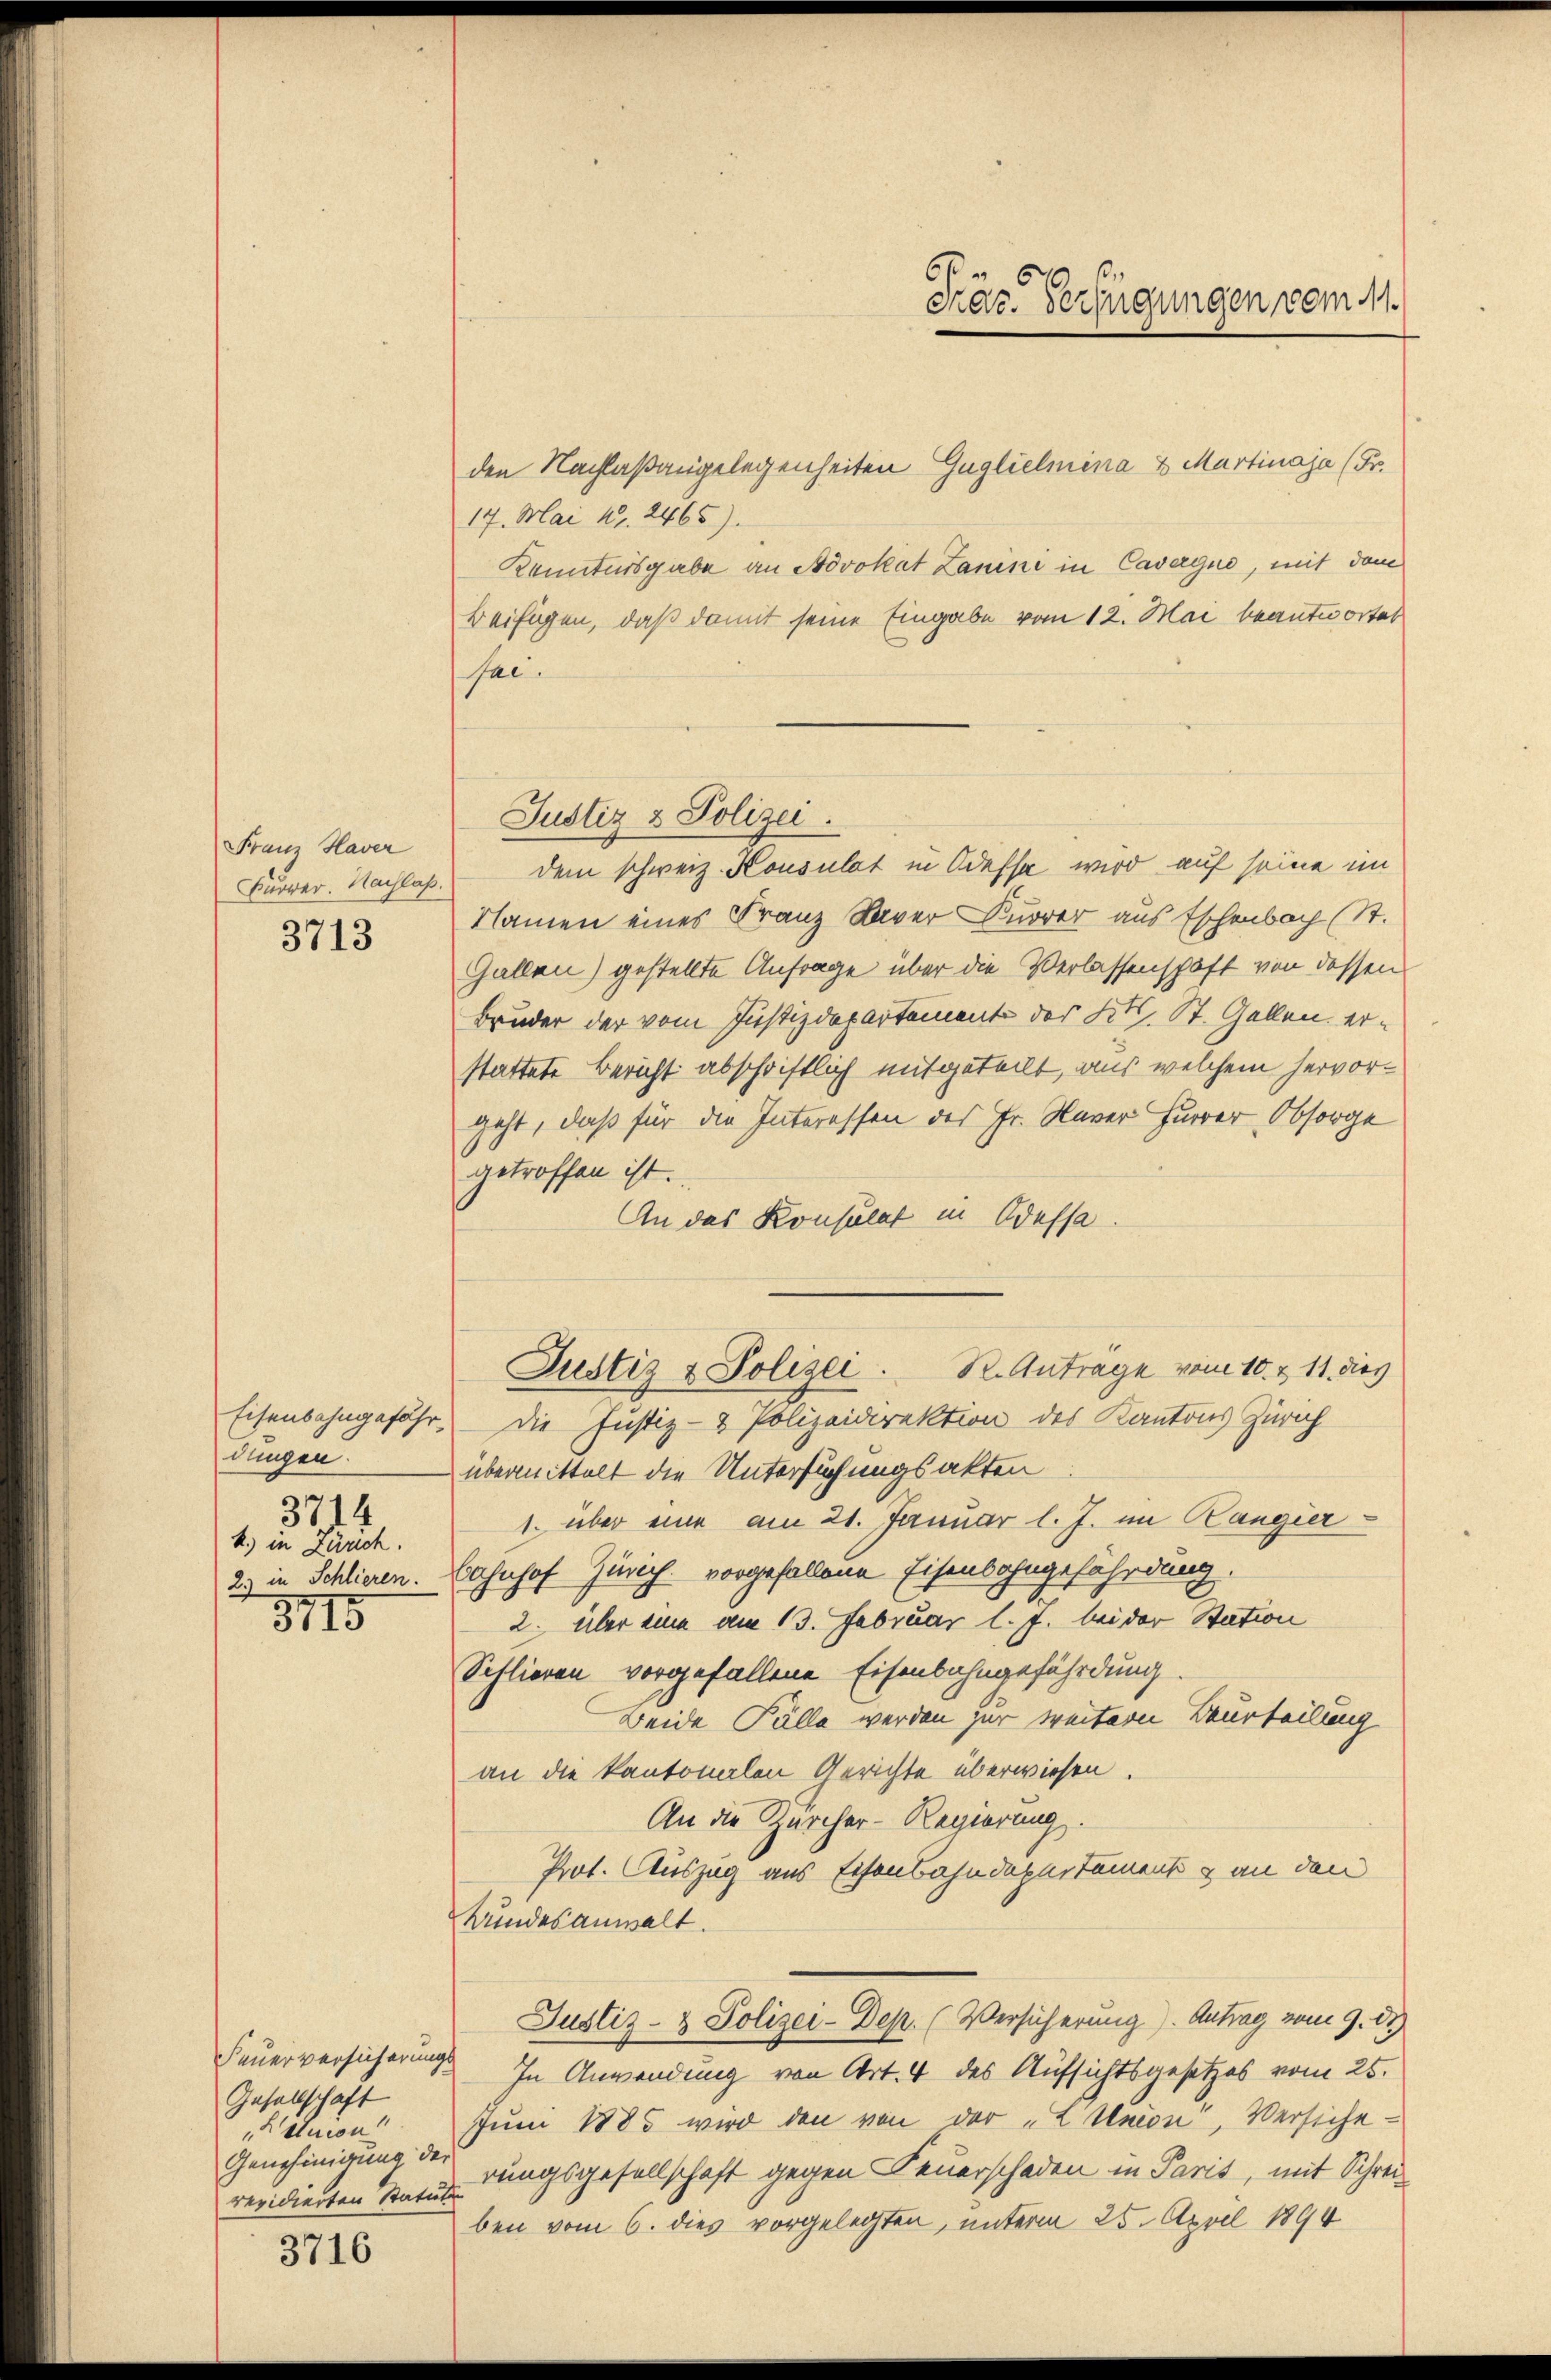
Franz Haver
3713

dungen.
3714
k.) in Zürich.
2) in Schlieren.

3915

Gesellschaft
Letnon
revidierten Statuten

3716

den Nachlaßangelegenheiten Guglielmina & Martinaja (Fr.
17. Mai 181. 2465).
Kenntnisgabe an Advokat Zanini in Cavegue, mit dem
Beifügen, daß damit seine Eingabe vom 12. Mai beantwortet
Jac.
Furrer. Nachlaß dem schweiz. Konsulat in Odessa wird auf seine im
Namen eines Franz Xaver Kurrer aus Eschenbach (St.
Gallen) gestellte Anfrage über die Verlassenschaft von dessen
Bruder der vom Justizdepartement des Kt. St. Gallen erstattete Bericht abschriftlich mitgeteilt, aus welchem hervorgeht, daß für die Interessen des Fr. Naver Hurrer, Obsorge
getroffen ist.
An das Konsulat in Odessa.
Justiz & Polizei. R. Antrage vom 10. & 11. dies
Eisenbahngefähr, die Justiz- & Polizeidirektion des Kantons Zürich
übermittelt die Untersuchungsakten
1. über eine am 21. Januar l. J. im Rangier
Bahnhof Zürich vorgefallene Eisenbahngefährdung.
2. über eine am 13. Februar l. J. bei der Station
Schlieren vorgefallene Eisenbahngefährdung.
Beide Fälle werden zur weitern Beurteilung
an die kantonalen Gerichte überwiesen.
An die Zürcher-Regierung
Prot. Auszug aus Eisenbahndepartement & an den
Bundesanwalt.
Justiz- & Polizei-Dep. (Versicherung). Antrag vom 9. d.
Feuerversicherungs. In Anwendung von Art. 4 des Aufsichtsgesetzes vom 25.
Jum 1885 wird den von der „L Union, Versiche
Genehmigung des rungsgesellschaft gegen Feuerschaden in Paris, mit Schrei
ben vom 6. dies vorgelegten, unterm 25. April 1894

Justiz & Polizei.

6
Pac. Verfügungen vom 11.